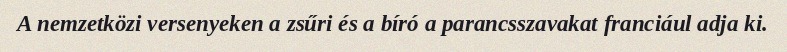
A nemzetközi versenyeken a zsűri és a bíró a parancsszavakat franciául adja ki.